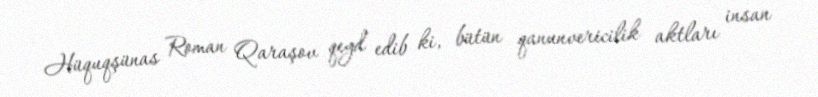
Hüquqşünas Roman Qaraşov qeyd edib ki, bütün qanunvericilik aktları insan